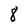
Character: 8